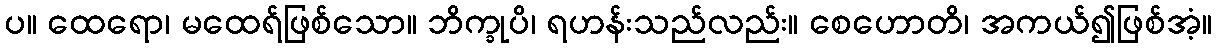
ပ။ ထေရော၊ မထေရ်ဖြစ်သော။ ဘိက္ခုပိ၊ ရဟန်းသည်လည်း။ စေဟောတိ၊ အကယ်၍ဖြစ်အံ့။